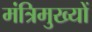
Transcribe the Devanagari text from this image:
मंत्रिमुख्यों